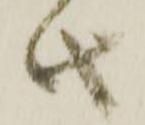
此